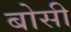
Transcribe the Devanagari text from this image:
बोसी